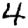
Digit: 4